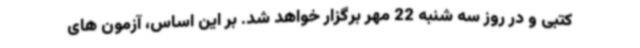
کتبی و در روز سه شنبه 22 مهر برگزار خواهد شد. بر این اساس، آزمون های